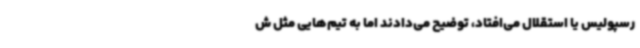
رسپولیس یا استقلال می‌افتاد، توضیح می‌دادند اما به تیم‌هایی مثل ش